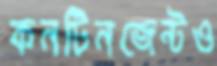
কনটিনজেন্টও